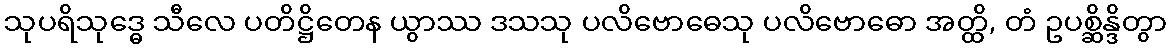
သုပရိသုဒ္ဓေ သီလေ ပတိဋ္ဌိတေန ယွာဿ ဒသသု ပလိဗောဓေသု ပလိဗောဓော အတ္ထိ, တံ ဥပစ္ဆိန္ဒိတွာ